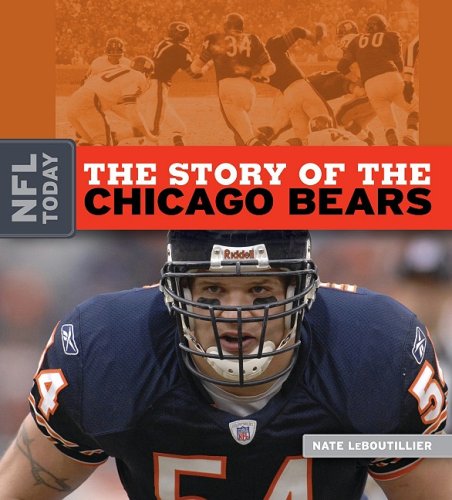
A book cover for The Story of the Chicago Bears (NFL Today (Creative)); Nate LeBoutillier; Teen & Young Adult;